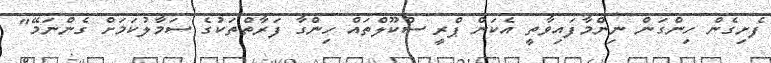
ފެށިގެން ހިންގަން ނިންމާފައިވާތީ އެކަން ޕްރީ ސްކޫލްތައް ހިންގާ ފަރާތްތަކުގެ ސަމާލުކަމަށް ގެންނަމޭ"